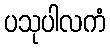
ပသုပါလကံ